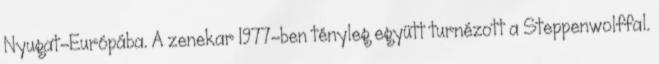
Nyugat-Európába. A zenekar 1977-ben tényleg együtt turnézott a Steppenwolffal.